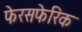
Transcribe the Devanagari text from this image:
फेरसफेरिक